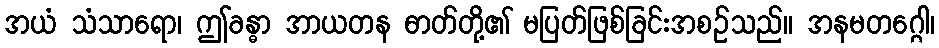
အယံ သံသာရော၊ ဤခန္ဓာ အာယတန ဓာတ်တို့၏ မပြတ်ဖြစ်ခြင်းအစဉ်သည်။ အနမတဂ္ဂေါ၊